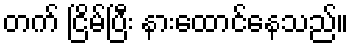
တက် ငြိမ်ပြီး နားထောင်နေသည်။